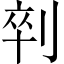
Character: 𱐟